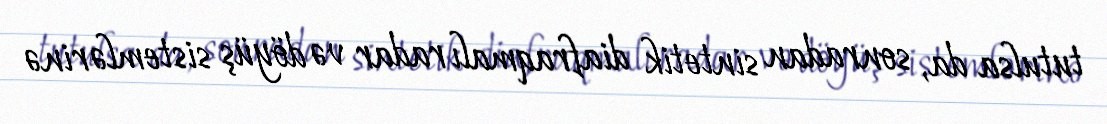
tutulsa da, sonradan sintetik diafraqmalı radar və döyüş sistemlərinə